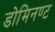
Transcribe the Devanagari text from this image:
डोमिनण्ट